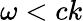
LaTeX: \omega<ck